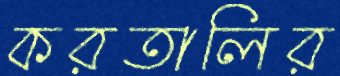
করতালির